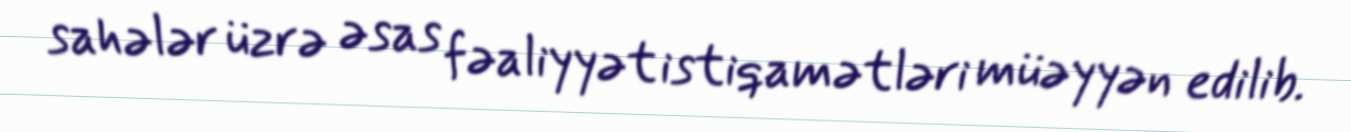
sahələr üzrə əsas fəaliyyət istiqamətləri müəyyən edilib.